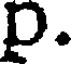
p.